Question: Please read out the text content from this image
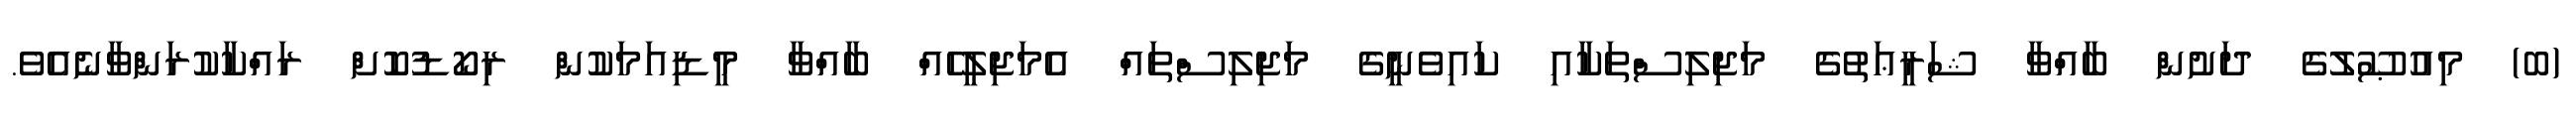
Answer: (ބ) މިއުޞޫލުގެ ދަށުން ބާއްވާ ޝަރީޢަތުގެ މަޖިލިސްތަކާއި ކައިވެނީގެ މަޖިލިސްތައް އެމަޖިލީހެއް ބާއްވާ މީޑިއަމަކުން ރިކޯޑުކޮށް ރައްކާކުރަންވާނެއެވެ.